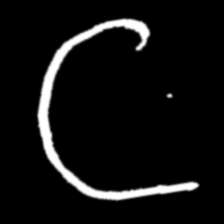
Pyu character \u2014 Myanmar letter: ဋ (romanized: tta)